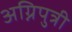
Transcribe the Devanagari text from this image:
अग्निपुत्री